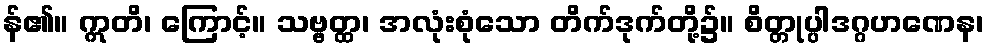
န်၏။ ဣတိ၊ ကြောင့်။ သဗ္ဗတ္ထ၊ အလုံးစုံသော တိက်ဒုက်တို့၌။ စိတ္တုပ္ပါဒဂ္ဂဟဏေန၊